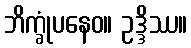
ဘိက္ခုံပနေဝ။ ဥဒ္ဒိဿ။